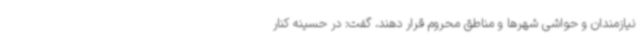
نیازمندان و حواشی شهرها و مناطق محروم قرار دهند، گفت: در حسینه کنار